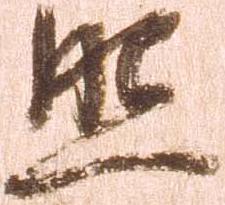
照